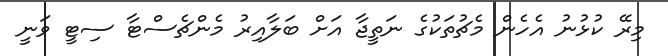
މިރޭ ކުޅުނު އެހެން މެޗުތަކުގެ ނަތީޖާ އަށް ބަލާއިރު މެންޗެސްޓާ ސިޓީ ވަނީ